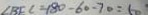
\angle B E C = 1 8 0 - 6 0 - 7 0 = 5 0 ^ { \circ }